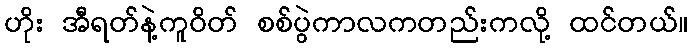
ဟိုး အီရတ်နဲ့ကူဝိတ် စစ်ပွဲကာလကတည်းကလို့ ထင်တယ်။